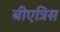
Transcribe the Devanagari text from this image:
बीएत्रिस